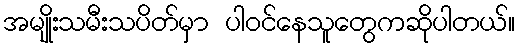
အမျိုးသမီးသပိတ်မှာ ပါဝင်နေသူတွေကဆိုပါတယ်။